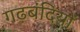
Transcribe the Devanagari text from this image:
गढ़बंदियों